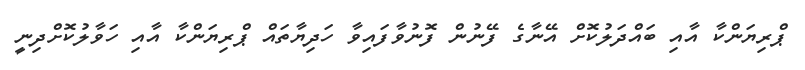
ޕްރިޔަންކާ އާއި ބައްދަލުކޮށް އޭނާގެ ފޭނުން ފޮނުވާފައިވާ ހަދިޔާތައް ޕްރިޔަންކާ އާއި ހަވާލުކޮށްދިނީ